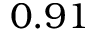
0 . 9 1